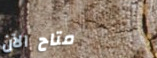
متاح الآن